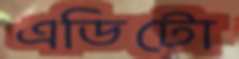
এডিটো